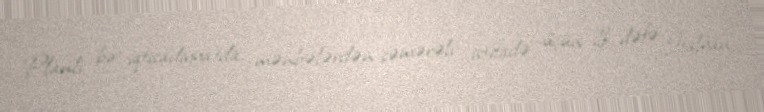
Planlı bir iqtisadiyyatda, mənbələrdən səmərəli istifadə üçün ilk dəfə İtalyan